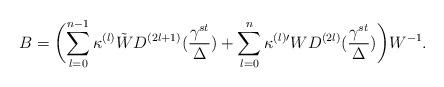
LaTeX: \begin{align*}B = \biggl(\sum_{l=0}^{n-1}\kappa^{(l)} \tilde{W} D^{(2l+1)} (\frac{{\gamma}^{st}}{\Delta})+\sum_{l=0}^{n}\kappa^{(l) \prime} W D^{(2l)}(\frac{{\gamma}^{st}}{\Delta})\biggr)W^{-1}.\end{align*}